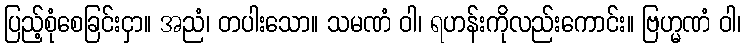
ပြည့်စုံစေခြင်းငှာ။ အညံ၊ တပါးသော။ သမဏံ ဝါ၊ ရဟန်းကိုလည်းကောင်း။ ဗြဟ္မဏံ ဝါ၊